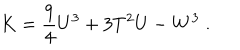
LaTeX: K = \frac { 9 } { 4 } U ^ { 3 } + 3 T ^ { 2 } U - W ^ { 3 } \; .